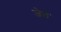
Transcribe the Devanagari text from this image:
जेलं